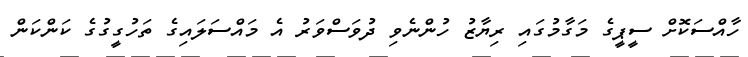
ހާއްސަކޮށް ސީޕީގެ މަގާމުގައި ރިޔާޒު ހުންނެވި ދުވަސްވަރު އެ މައްސަލައިގެ ތަހުގީގުގެ ކަންކަން